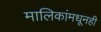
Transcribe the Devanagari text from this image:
मालिकांमधूनही